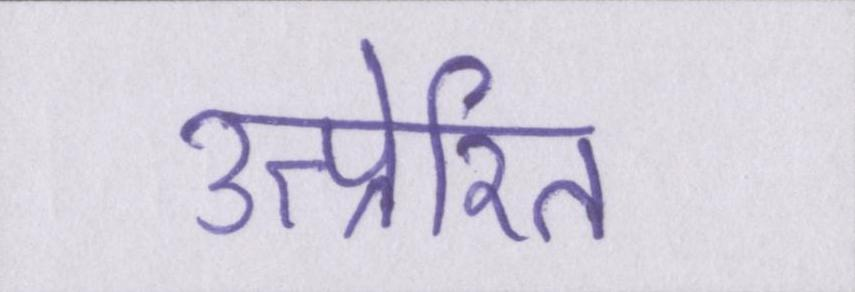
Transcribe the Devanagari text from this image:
उत्प्रेरित